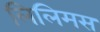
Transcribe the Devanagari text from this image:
लिलिमस